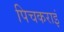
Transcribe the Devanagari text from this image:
पिचकराइं